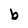
Character: b